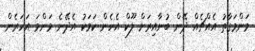
މަންމަގާތު އެއްޗެއް ދޭން ބުނާއިރަށް ލޫކް އެހެން ކަމަކު އެދޭނެ މަންމަ އަހަރެން